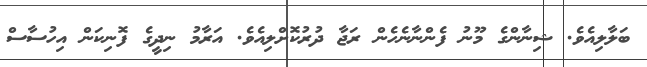
ބަލާލިއެވެ. ޝިނާންގެ މޫނު ފެންނާނެހެން ރަޖާ ދުރުކޮށްލިއެވެ. އަރާމު ނިދީގެ ފޮނިކަން އިހުސާސް